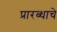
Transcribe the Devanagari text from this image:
प्रारब्धाचे